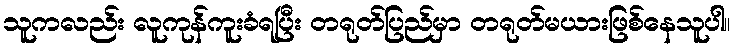
သူကလည်း လူကုန်ကူးခံရပြီး တရုတ်ပြည်မှာ တရုတ်မယားဖြစ်နေသူပါ။